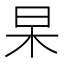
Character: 杲